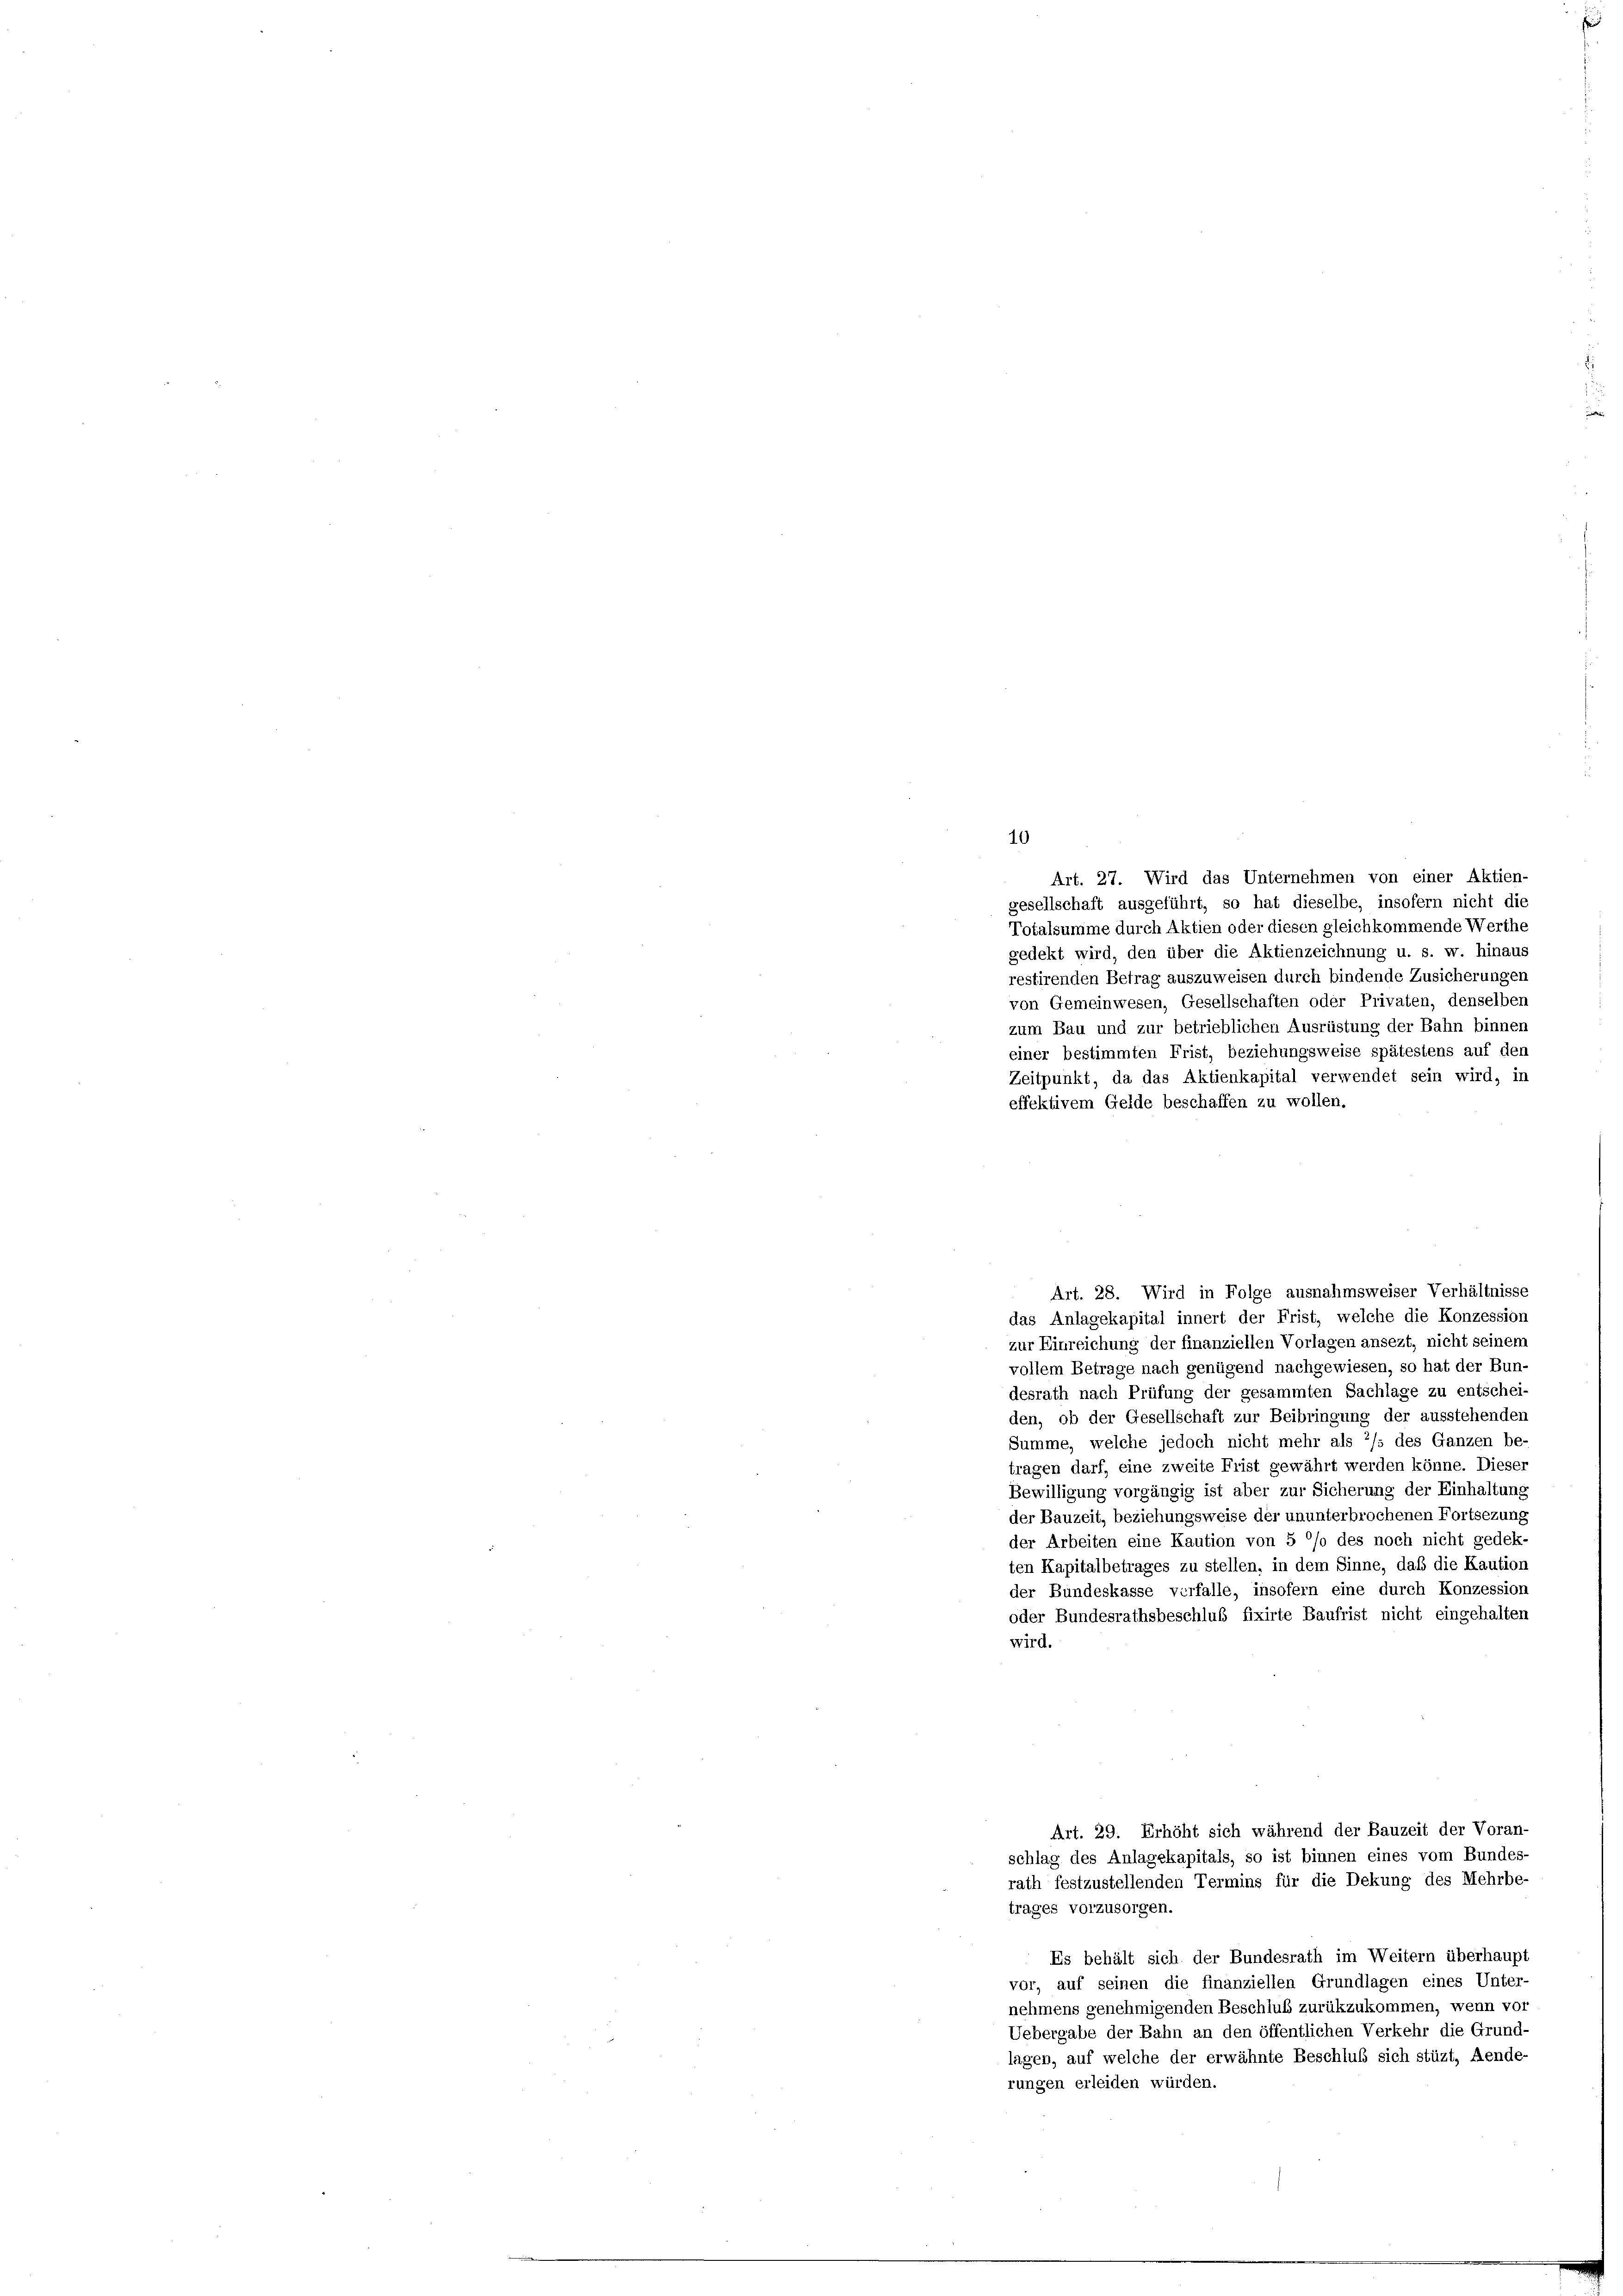
10
zum Bau und zur betrieblichen Ausrüstung der Bahn binnen
einer bestimmten Frist, beziehungsweise spätestens auf der
Zeitpunkt, da das Aktienkapital verwendet sein wird, in
effektivem Gelde beschaffen zu wollen.
Art. 28. Wird in Folge ausnahmsweiser Verhältnisse
das Anlagekapital innert der Frist, welche die Konzession
zur Einreichung der finanziellen Vorlagen ansezt, nicht seinem
vollem Betrage nach genügend nachgewiesen, so hat der Bun-
desrath nach Prüfung der gesammten Sachlage zu entschei-
den, ob der Gesellschaft zur Beibringung der ausstehenden
Summe, welche jedoch nicht mehr als 2/s des Ganzen be-
tragen darf, eine zweite Frist gewährt werden könne. Dieser
Bewilligung vorgängig ist aber zur Sicherung der Einhaltung
der Bauzeit, beziehungsweise der ununterbrochenen Fortsezung
der Arbeiten eine Kaution von 5 °/o des noch nicht gedek-
ten Kapitalbetrages zu stellen, in dem Sinne, daß die Kaution
der Bundeskasse verfalle, insofern eine durch Konzession
oder Bundesrathsbeschluß fixirte Baufrist nicht eingehalten
wird.
Art. 29. Erhöht sich während der Bauzeit der Voran-
schlag des Anlagekapitals, so ist binnen eines vom Bundes-
rath festzustellenden Termins für die Dekung des Mehrbe-
trages vorzusorgen.
Es behält sich der Bundesrath im Weitern überhaupt
vor, auf seinen die finanziellen Grundlagen eines Unter-
nehmens genehmigenden Beschluß zurükzukommen, wenn vor
Uebergabe der Bahn an den öffentlichen Verkehr die Grund-
lagen, auf welche der erwähnte Beschluß sich stüzt, Aende-
rungen erleiden würden.

Art. 27. Wird das Unternehmen von einer Aktien-
gesellschaft ausgeführt, so hat dieselbe, insofern nicht die
Totalsumme durch Aktien oder diesen gleichkommende Werthe
gedekt wird, den über die Aktienzeichnung u. s. w. hinaus
restirenden Betrag auszuweisen durch bindende Zusicherungen
von Gemeinwesen, Gesellschaften oder Privaten, denselben